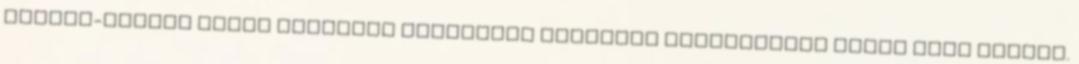
Hoover-gátért folyó küzdelem hadviselő feleinek valamelyike mellé kell állnia.